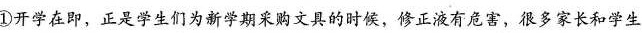
①开学在即，正是学生们为新学期采购文具的时候，修正液有危害，很多家长和学生